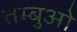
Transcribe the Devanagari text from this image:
तम्बुओ